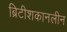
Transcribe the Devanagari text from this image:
ब्रिटीशकानलीन